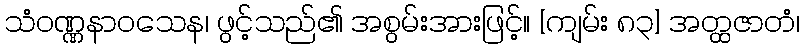
သံဝဏ္ဏနာဝသေန၊ ဖွင့်သည်၏ အစွမ်းအားဖြင့်။ [ကျမ်း ၈၃] အတ္ထဇာတံ၊